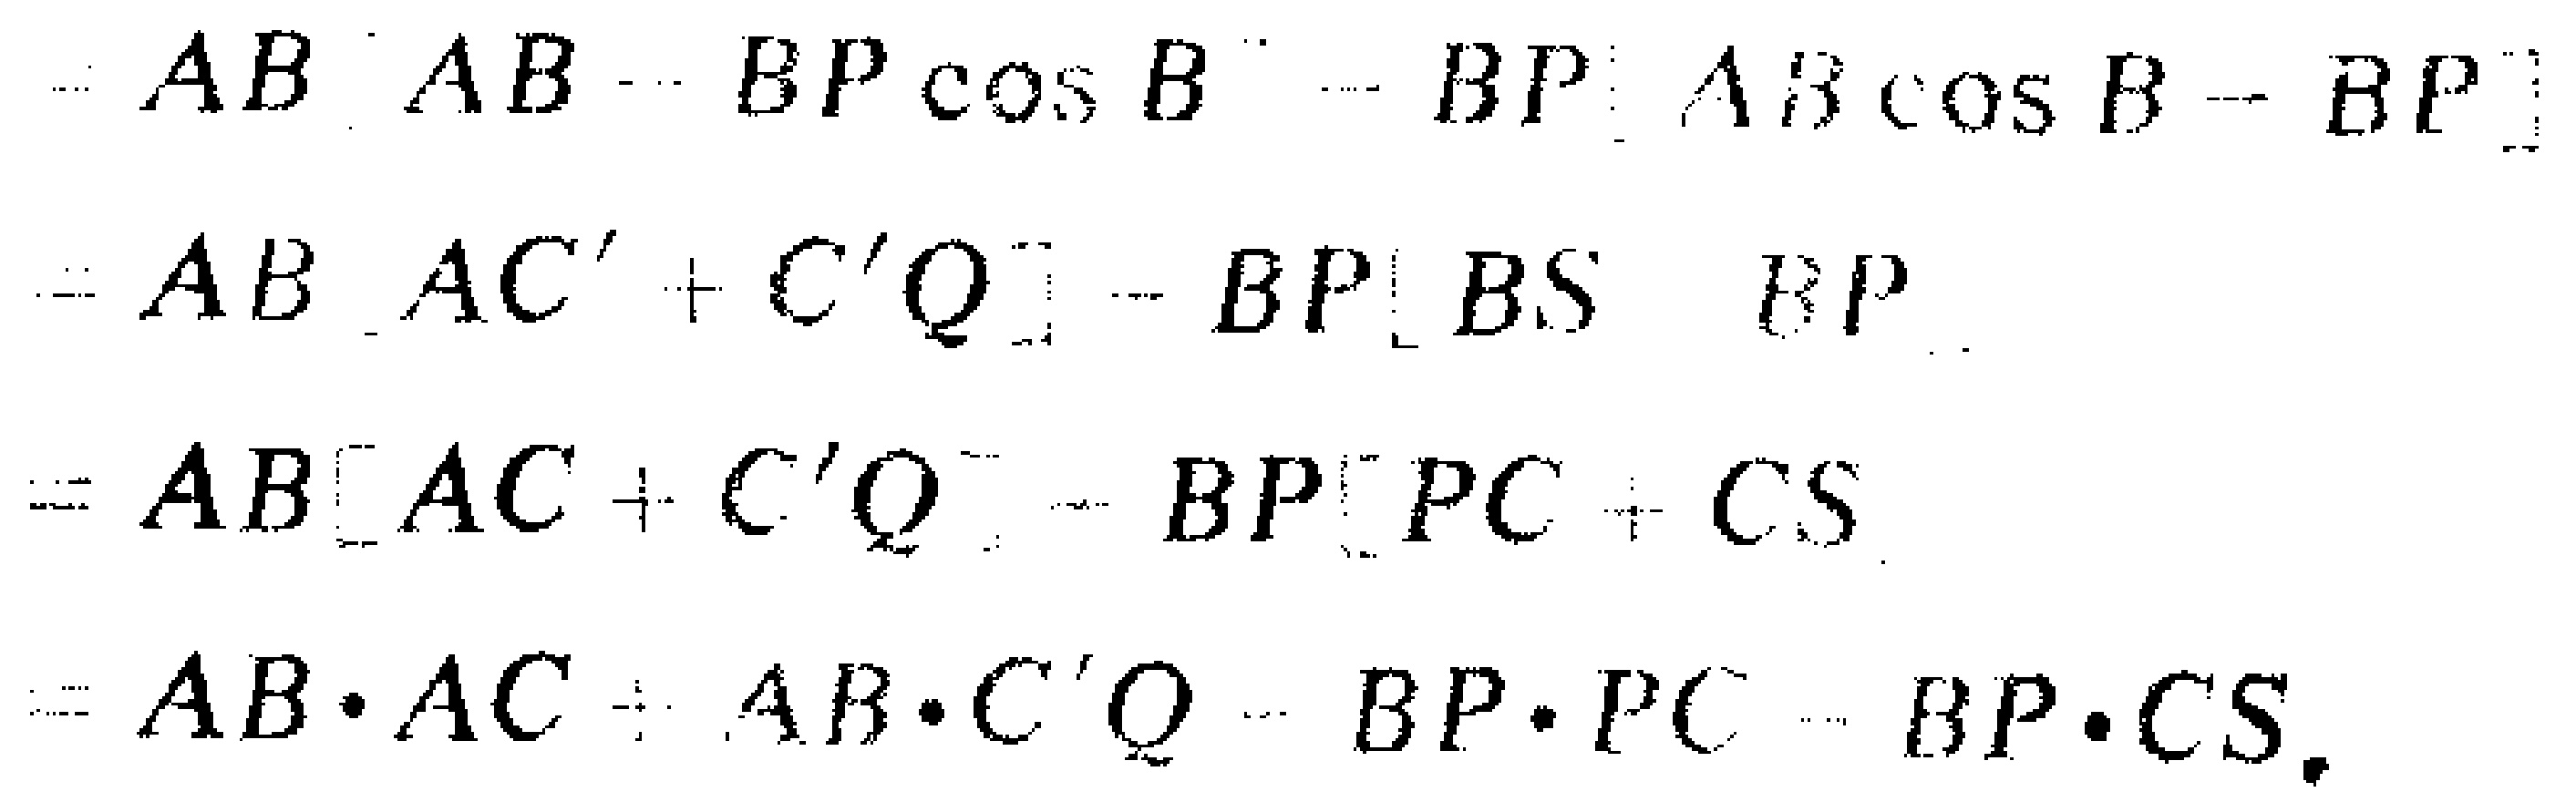
\[
\begin{align*}
&=AB\left[AB - BP\cos B\right]-BP\left[AB\cos B - BP\right]\\
&=AB\left[AC'+C'Q\right]-BP\left[BS - BP\right]\\
&=AB\left[AC + C'Q\right]-BP\left[PC + CS\right]\\
&=AB\cdot AC+AB\cdot C'Q - BP\cdot PC - BP\cdot CS.
\end{align*}
\]